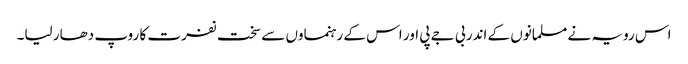
اس رویہ نے مسلمانوں کے اندر بی جے پی اور اس کے رہنماوں سے سخت نفرت کا روپ دھار لیا۔